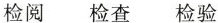
检阅 检查 检验